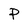
Character: P